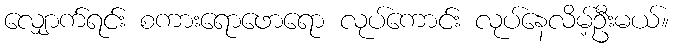
လျှောက်ရင်း စကားရောဖောရော လုပ်ကောင်း လုပ်နေလိမ့်ဦးမယ်။